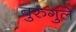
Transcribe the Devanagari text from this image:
बुरुंगुले